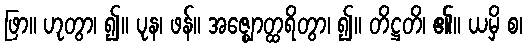
ဖြာ။ ဟုတွာ၊ ၍။ ပုန၊ ဖန်။ အဇ္ဈောတ္ထရိတွာ၊ ၍။ တိဋ္ဌတိ၊ ၏။ ယမှိ စ၊